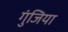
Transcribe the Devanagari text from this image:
गुंजिया